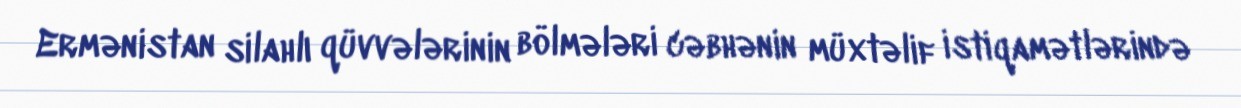
Ermənistan silahlı qüvvələrinin bölmələri cəbhənin müxtəlif istiqamətlərində